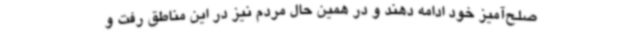
صلح‌آمیز خود ادامه دهند و در همین حال مردم نیز در این مناطق رفت و